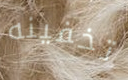
تخفينه